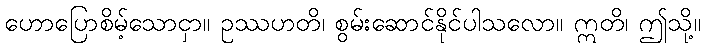
ဟောပြောစိမ့်သောငှာ။ ဥဿဟတိ၊ စွမ်းဆောင်နိုင်ပါသလော။ ဣတိ၊ ဤသို့။